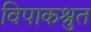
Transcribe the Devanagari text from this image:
विपाकश्रुत